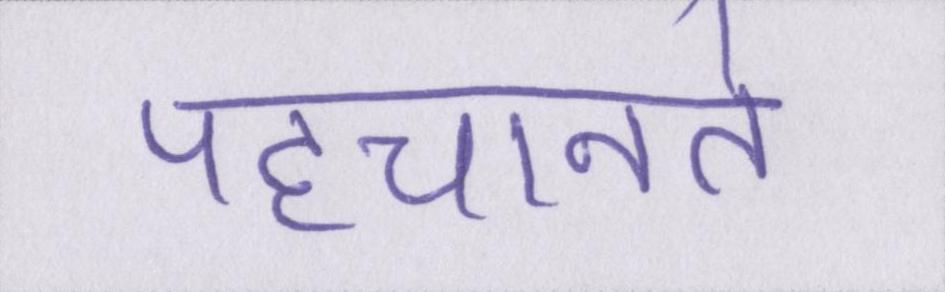
पहचानते